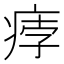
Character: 𤶽